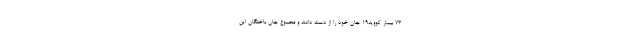
۷۳ بیمار کووید۱۹ جان خود را از دست دادند و مجموع جان باختگان این